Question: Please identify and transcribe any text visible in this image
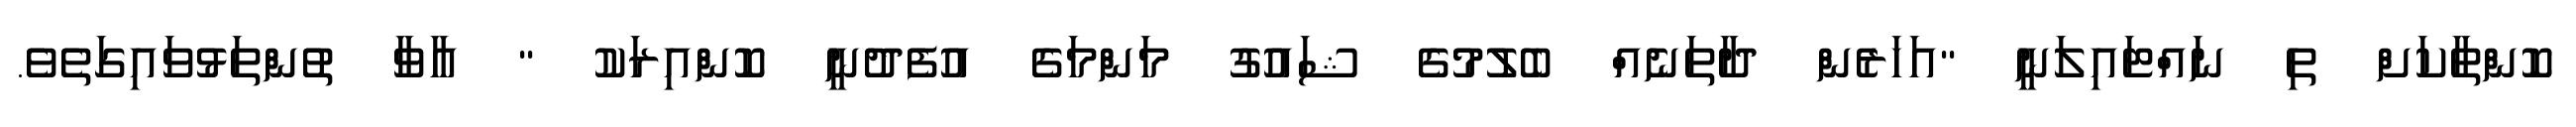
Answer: ކޮންތާކަށް ތި ނައްޓައިލަނީ "އަހަރެން ދާތަނެއް ބެލުމުގެ ޝައުގު މަންމަގެ އުފެދުނީ ކޮންއިރަކު " އާވާ ތުންތަޅުވައިގަތެވެ.